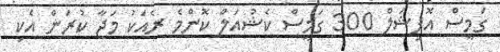
ގަމީސް އޮފިޝަލް 300 ގަމީސް ކެޝުއަލް ކޮންމެ ރެއަކު މަޖާ ކުރަން އެކި